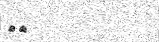
٥٣